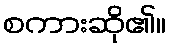
စကားဆို၏။